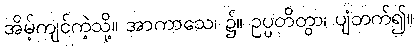
အိမ့်ကျင်ကဲ့သို့။ အာကာသေ၊ ၌။ ဥပ္ပတိတွာ၊ ပျံတက်၍။